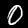
Digit: 0